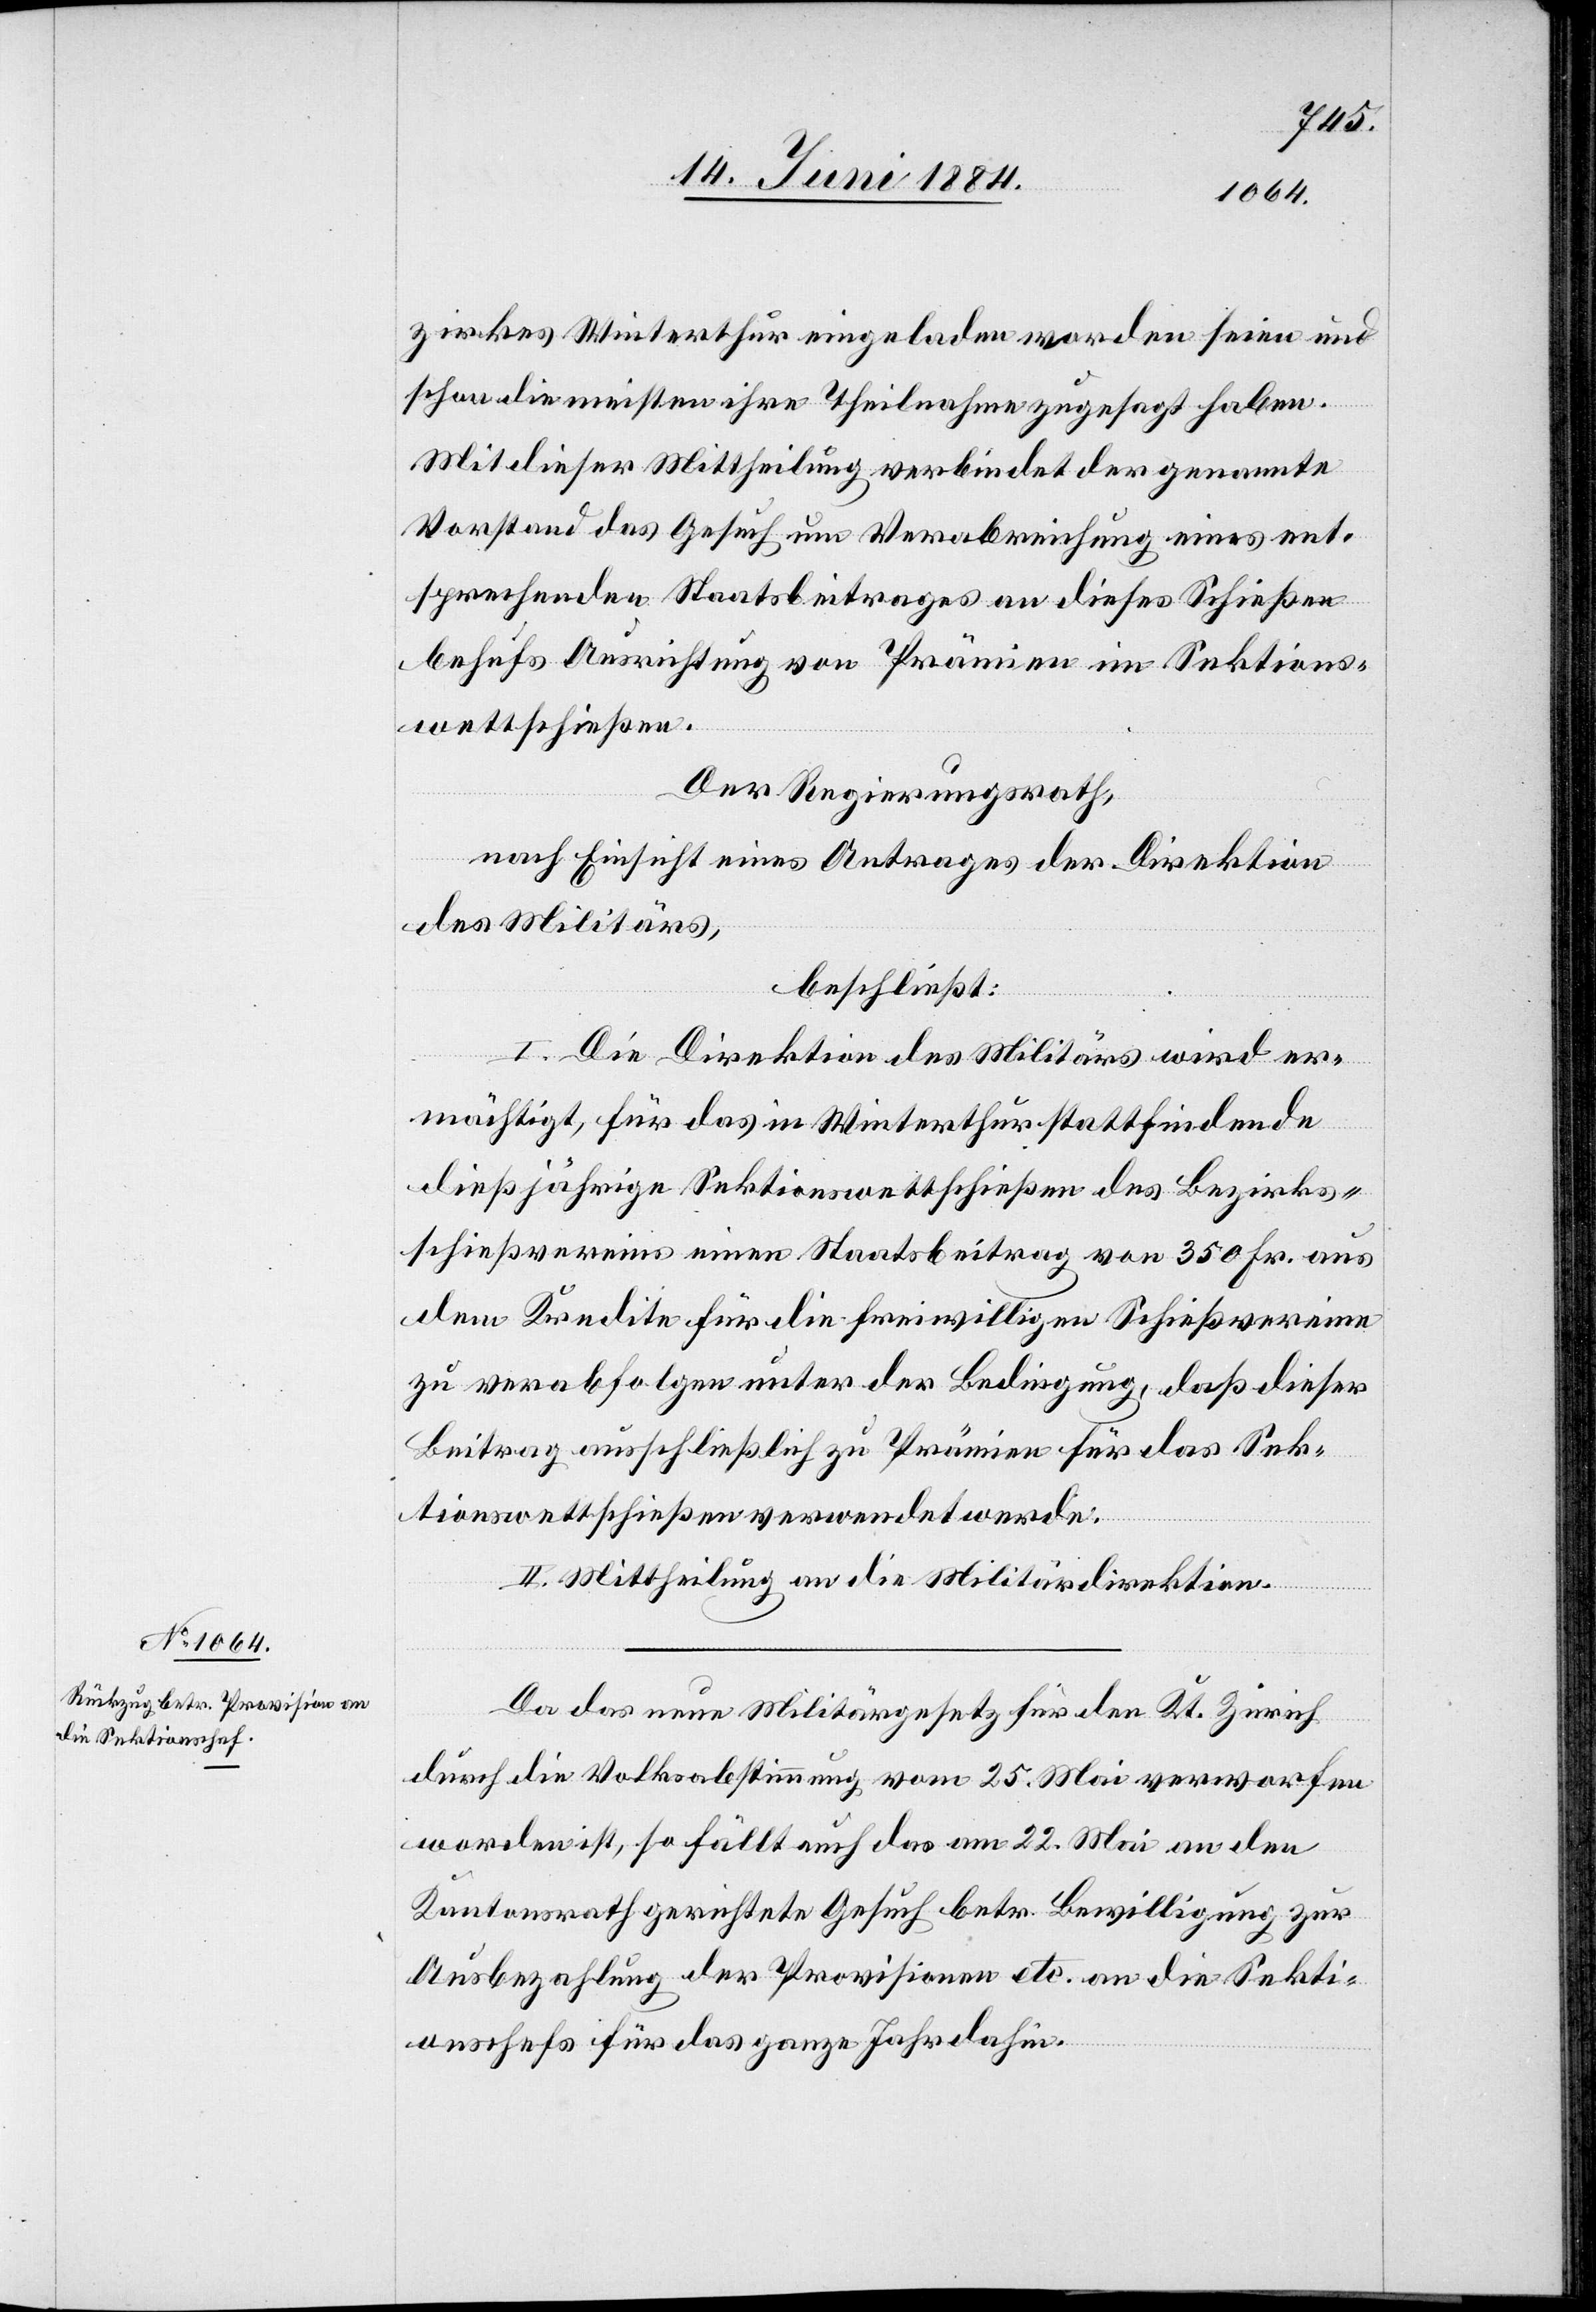
zirkes Winterthur eingeladen worden seien und
schon die meisten ihre Theilnahme zugesagt haben.
Mit dieser Mittheilung verbindet der genannte
Vorstand das Gesuch um Verabreichung eines ent¬
sprechenden Staatsbeitrages an dieses Schießen
behufs Ausrichtung von Prämien im Sektions¬
wettschießen.
Der Regierungsrath,
nach Einsicht eines Antrages der Direktion
des Militärs,
beschließt:
I. Die Direktion des Militärs wird er¬
mächtigt, für das in Winterthur stattfindende
dießjährige Sektionswettschießen des Bezirks¬
schießvereins einen Staatsbeitrag von 350 Fr. aus
dem Kredite für die freiwilligen Schießvereine
zu verabfolgen unter der Bedingung, daß dieser
Beitrag ausschließlich zu Prämien für das Sek¬
tionswettschießen verwendet werde.
II. Mittheilung an die Militärdirektion.
Da das neue Militärgesetz für den Kt. Zürich
durch die Volksabstimmung vom 25. Mai verworfen
worden ist, so fällt auf das am 22. Mai an den
Kantonsrath gerichtete Gesuch betr. Bewilligung zur
Ausbezahlung der Provisionen etc. an die Sekti¬
onschefs für das ganze Jahr dahin.